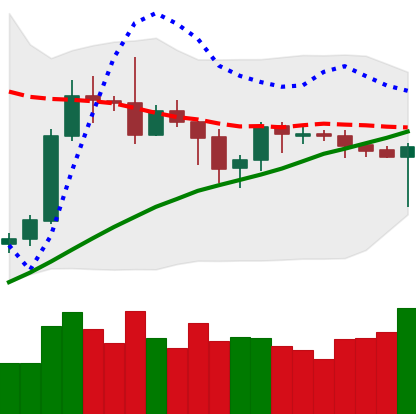
Ticker: BTC-USD
Chart end date: 2019-09-19
Forward return: -16.031%
Label: down_7plus